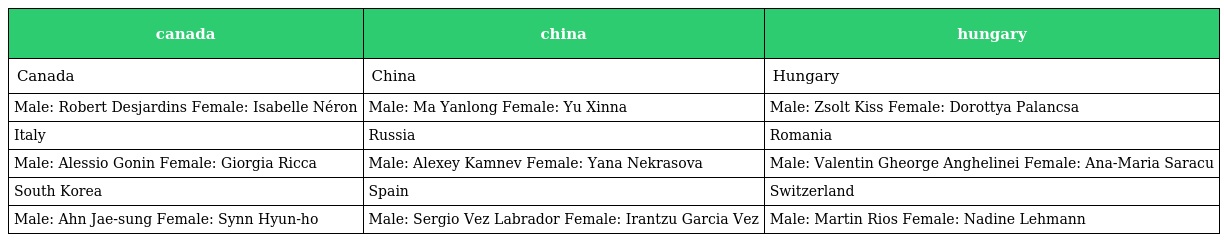
| canada | china | hungary |
 | --- | --- | --- |
 | Canada | China | Hungary |
 | Male: Robert Desjardins Female: Isabelle Néron | Male: Ma Yanlong Female: Yu Xinna | Male: Zsolt Kiss Female: Dorottya Palancsa |
 | Italy | Russia | Romania |
 | Male: Alessio Gonin Female: Giorgia Ricca | Male: Alexey Kamnev Female: Yana Nekrasova | Male: Valentin Gheorge Anghelinei Female: Ana-Maria Saracu |
 | South Korea | Spain | Switzerland |
 | Male: Ahn Jae-sung Female: Synn Hyun-ho | Male: Sergio Vez Labrador Female: Irantzu Garcia Vez | Male: Martin Rios Female: Nadine Lehmann |